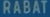
RABAT